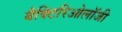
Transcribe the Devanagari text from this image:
बैक्टिरिओलॉजी